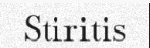
Stiritis